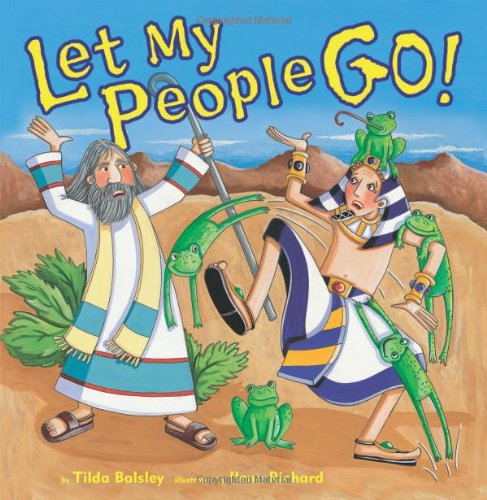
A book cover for Let My People Go!; Tilda Balsley; Children's Books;